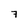
Character: 7